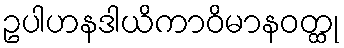
ဥပါဟနဒါယိကာဝိမာနဝတ္ထု